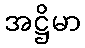
အဋ္ဌိမာ